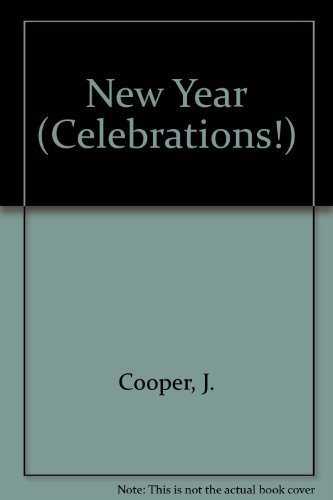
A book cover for New Year (Celebrations!); Jane Cooper; Children's Books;